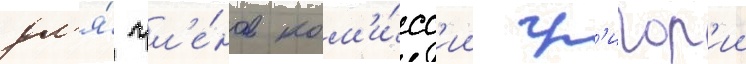
дл'я́ чл'е́нов ком'и́сс'ии гр'игор'ии